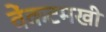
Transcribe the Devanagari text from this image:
वेंकटमखी